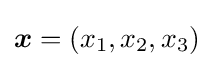
{\boldsymbol {x}}=(x_{1},x_{2},x_{3})